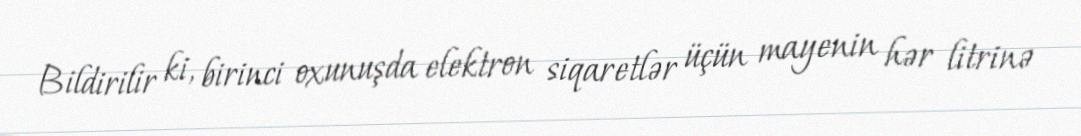
Bildirilir ki, birinci oxunuşda elektron siqaretlər üçün mayenin hər litrinə